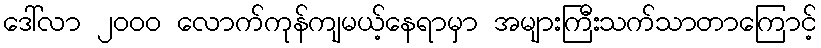
ဒေါ်လာ ၂၀၀၀ လောက်ကုန်ကျမယ့်နေရာမှာ အများကြီးသက်သာတာကြောင့်